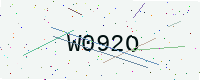
Text: W092O